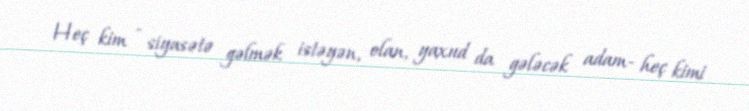
Heç kim - siyasətə gəlmək istəyən, olan, yaxud da gələcək adam- heç kimi